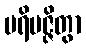
ပရိမဇ္ဇိတွာ